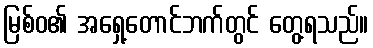
မြစ်ဝ၏ အရှေ့တောင်ဘက်တွင် တွေ့ရသည်။